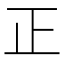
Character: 𣥄